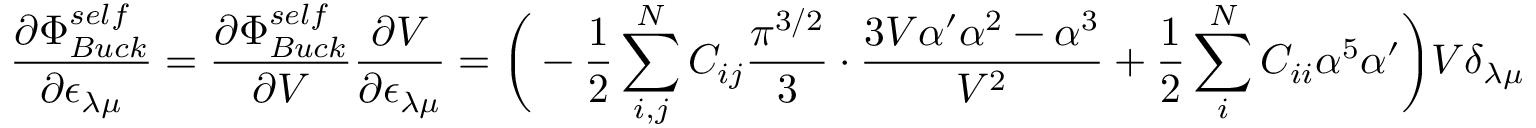
\frac { \partial \Phi _ { B u c k } ^ { s e l f } } { \partial \epsilon _ { \lambda \mu } } = \frac { \partial \Phi _ { B u c k } ^ { s e l f } } { \partial V } \frac { \partial V } { \partial \epsilon _ { \lambda \mu } } = \bigg ( - \frac { 1 } { 2 } \sum _ { i , j } ^ { N } C _ { i j } \frac { \pi ^ { 3 / 2 } } { 3 } \cdot \frac { 3 V \alpha ^ { \prime } \alpha ^ { 2 } - \alpha ^ { 3 } } { V ^ { 2 } } + \frac { 1 } { 2 } \sum _ { i } ^ { N } C _ { i i } \alpha ^ { 5 } \alpha ^ { \prime } \bigg ) V \delta _ { \lambda \mu }